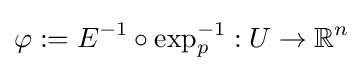
\varphi :=E^{-1}\circ \exp _{p}^{-1}:U\rightarrow \mathbb {R} ^{n}